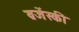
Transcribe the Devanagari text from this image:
ब्रजेंस्की